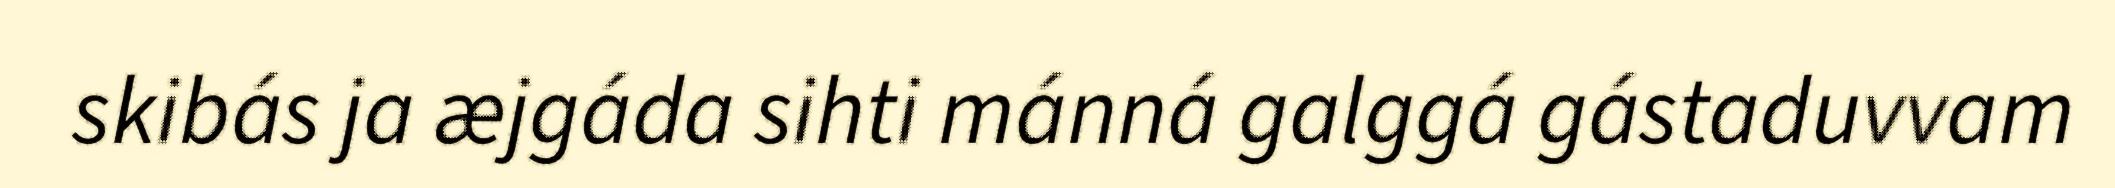
skibás ja æjgáda sihti mánná galggá gástaduvvam